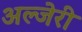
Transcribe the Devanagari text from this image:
अल्जेरी